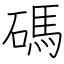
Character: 碼